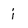
Character: i